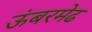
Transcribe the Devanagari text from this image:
ऊंबरमेढ